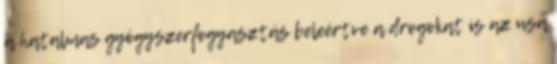
a hatalmas gyógyszerfogyasztás beleértve a drogokat is az usa